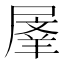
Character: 𭕬